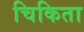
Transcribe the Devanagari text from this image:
चिकिता